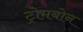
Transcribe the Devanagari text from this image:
ट्रोमबोन